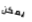
يمكن